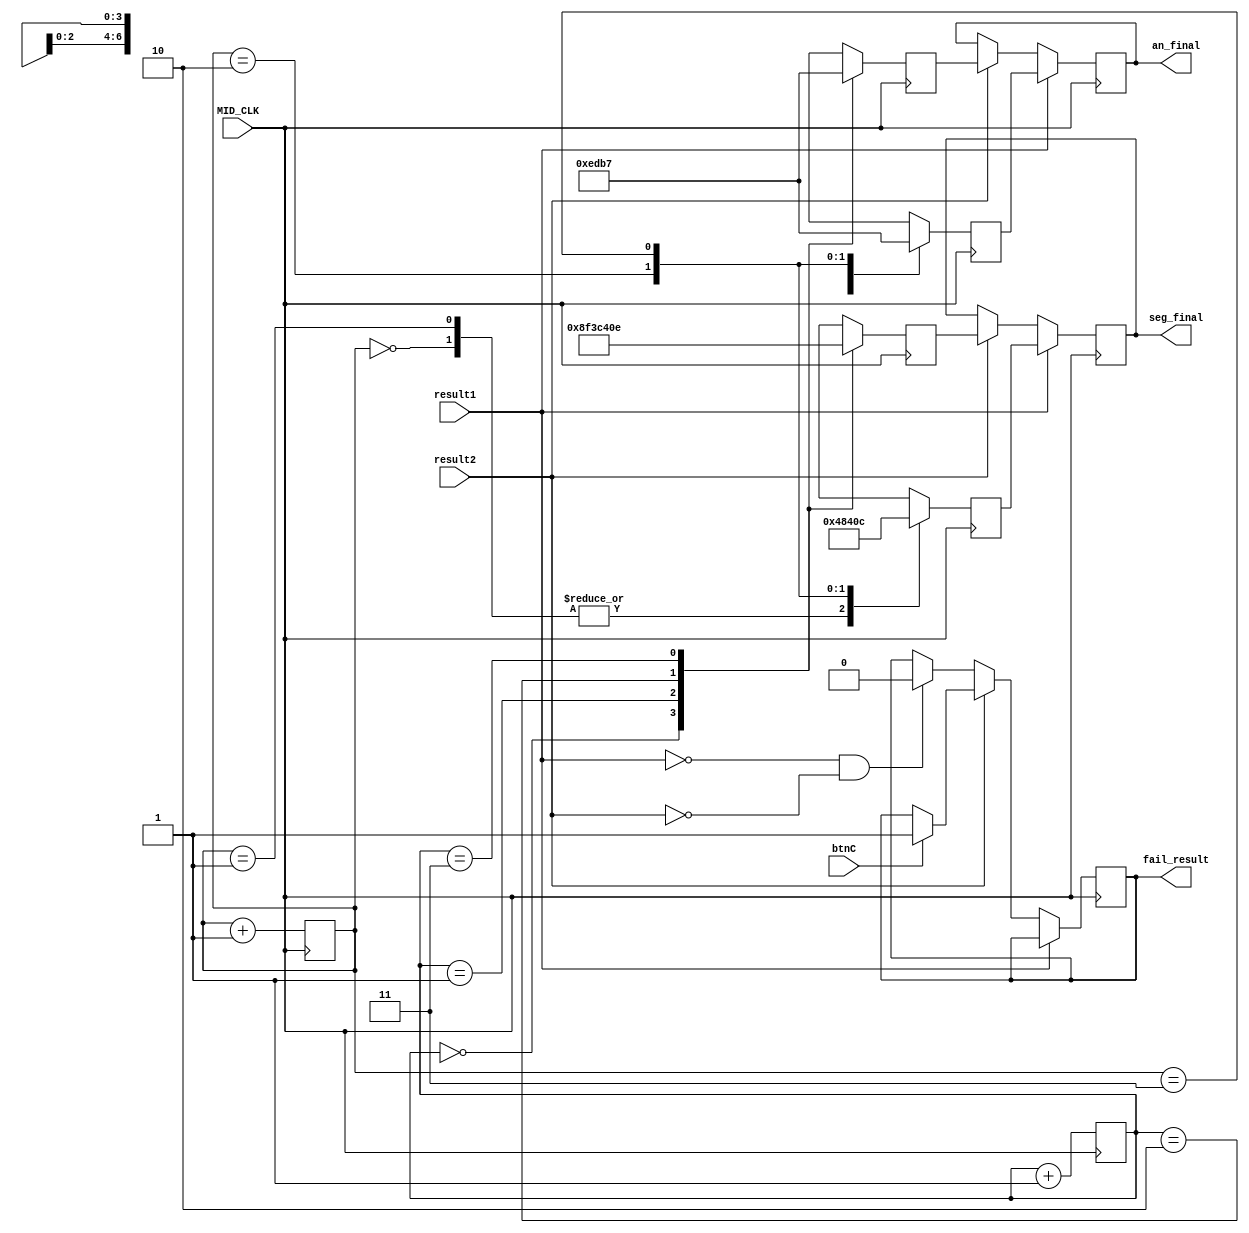
`timescale 1ns / 1ps


module final_display(input MID_CLK, result1, result2, btnC, output reg[3:0] an_final = 0,output reg [6:0]seg_final = 0, output reg fail_result = 0);

reg[1:0] pass, fail;
reg[3:0] an_pass,an_fail;
reg[6:0] seg_pass, seg_fail;

reg [5:0]count_fail = 0;
// change
reg[6:0] char_P = 7'b0001100;
reg[6:0] char_A = 7'b0001000;
reg[6:0] char_S = 7'b0010010;

reg[6:0] char_F = 7'b0001110;
reg[6:0] char_I = 7'b1001111;
reg[6:0] char_L = 7'b1000111;

always@(posedge MID_CLK) begin
    if(result1) begin
    an_final <= an_pass;
    seg_final <= seg_pass;
    end
    else if(result2) begin
    an_final <= an_fail;
    seg_final <= seg_fail;
    if (btnC)
        fail_result <= 1; 
    end
    else if(~result1 & ~result2)
    fail_result <= 0;
end

always@(posedge MID_CLK) begin
    pass <= pass + 1;
    fail <= fail + 1;
    
    case(pass) 
    0: begin
       seg_pass <= char_S; 
       an_pass <= 4'b1110;
       end
    1: begin
       seg_pass <= char_S; 
       an_pass <= 4'b1101;
       end
    2: begin
       seg_pass <= char_A; 
       an_pass <= 4'b1011;
       end 
    3: begin
       seg_pass <= char_P; 
       an_pass <= 4'b0111;
       end                       
    endcase
    case(fail) 
    0: begin
       seg_fail <= char_L; 
       an_fail <= 4'b1110;
       end
    1: begin
       seg_fail <= char_I; 
       an_fail <= 4'b1101;
       end
    2: begin
       seg_fail <= char_A; 
       an_fail <= 4'b1011;
       end 
    3: begin
       seg_fail <= char_F; 
       an_fail <= 4'b0111;
       end     
    endcase
end

endmodule